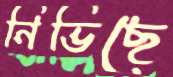
নিভিছে